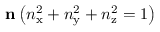
\mathbf { n } \left( n _ { \mathrm { x } } ^ { 2 } + n _ { \mathrm { y } } ^ { 2 } + n _ { \mathrm { z } } ^ { 2 } = 1 \right)